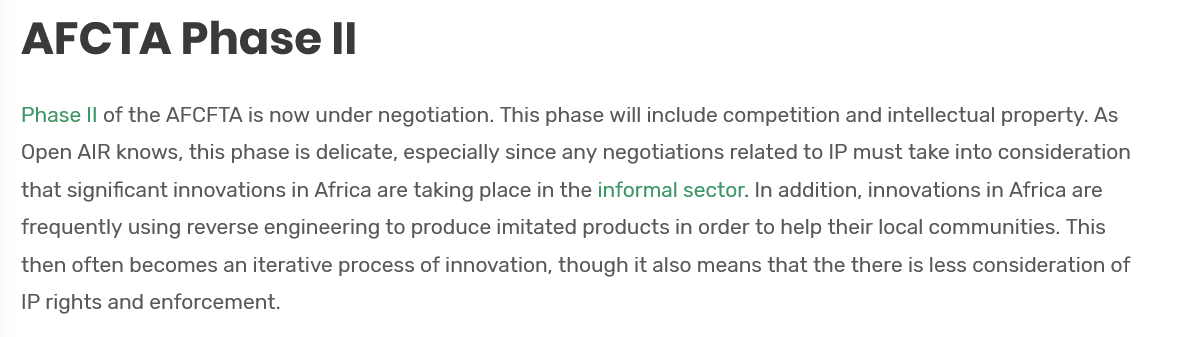
Phase II of the AFCFTA is now under negotiation. This phase will include competition and intellectual property. As
   Open AIR knows, this phase is delicate, especially since any negotiations related to IP must take into consideration
  that significant innovations in Africa are taking place in the informal sector. In addition, innovations in Africa are
  frequently using reverse engineering to produce imitated products in order to help their local communities. This
  then often becomes an iterative process of innovation, though it also means that the there is less consideration of
   IP rights and enforcement.